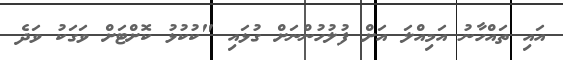
އައި ތައްހާނު އަމިއްލަ އަށް ފުލުހުންނަށް ގުޅައި "ކުކުޅު ކޮށްޓަށް ވަގަކު ވަދެ